Lunatic asylums in Bengal annual reports 1888-1898 - 1888-1898
Year: 1888
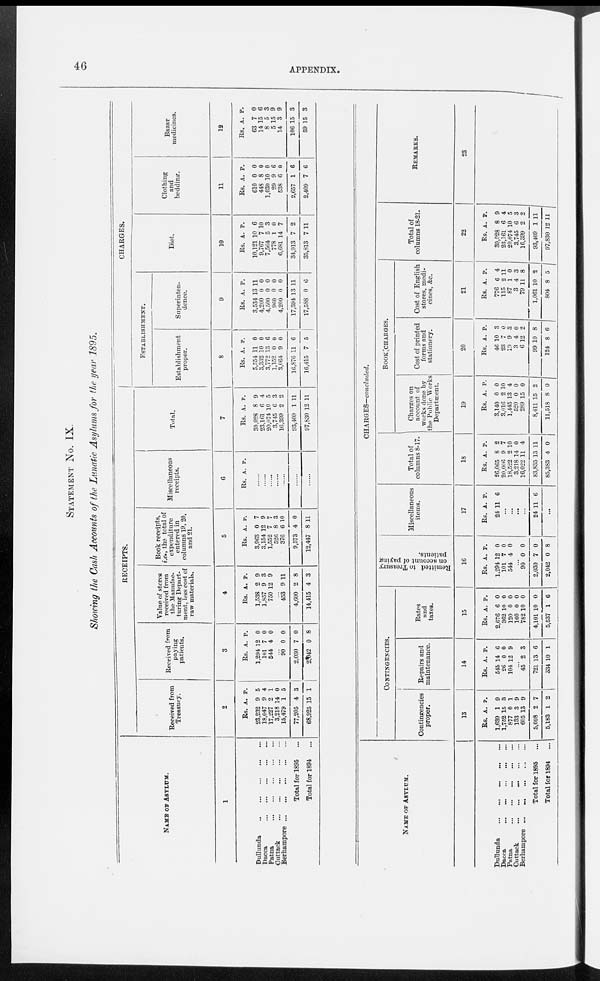
40
APPENDIX.
STATEMENT NO. IX.
Showing the Cash Accounts of the Lunatic Asylums for the year 1895.
NAME OF ASYLUM.
l
Dullunda
Dacca
Patna Cuttack
Berhampore
Total for 1895 ...
Total for 1894 ...
RECEIPTS.
Received from
Treasury.
2
Rs.
23,232
18,047
17,227
3,218
15,479
77,205
68,925
A.
9
9
2
14
1
4
15
P.
5
4
1
0
5
3
1
Received from
paying
patients.
3
Rs.
1,294
101
544
A.
12
7
4
P.
0
0
0
...
90
2,030
2,042
0
7
0
0
0
8
Value of stores
received from
the Manufac-
turing Depart-
ment, less cost of
raw materials.
4
Rs.
1,538
1,857
750
A.
9,
9
12
P.
9
3
9
... 453
4,600
14,415
9
2
4
11
8
3
Book receipts,
i.e., the total of
expenditure
entered in
columns 19, 20,
and 21.
5
Rs.
3,963
3,154
1,552
526
376
9,573
12,447
A.
0
12
7
8
6
4
8
P.
7
9
7 3
10
0
11
Miscellaneous
receipts.
C
Rs. A. P.
...
...
...
...
...
...
...
Total.
7
Rs.
30,028
23,161
20,074
3,745
16,399
93,409
97,830
A.
8
6
10
6
2
1
12
P.
9
4
5
3
2
11
11
CHARGES.
ESTABLISHMENT.
Establishment
proper.
8
Rs.
5,554
3,382
3,772
1,152
3,064
16,876
16,415
A.
11
10
13
0
9
11
7
P.
0
0
6
0
0
6
5
Superinten-
dence.
9
Rs.
3,534
4,200
4,500
960
4,200
17,394
17,588
A.
13
0
0
0
0
13
0
P.
11
0
0
0
0
11
6
Diet,
10
Rs.
10,121
9,767
7,564
778
6,681
34,913
35,813
A.
10
7
5
1
14
7
7
P.
6
10
3
0
7
2
11
Clothing
and
bedding.
11
Rs.
610
448
1,030
29
538
2,657
2,409
A.
0
8
10
9
6
1
7
P.
0
0
0
6
0
6
6
Bazar
medicines.
12
Rs.
63
14
8
5
14
106
59
A.
7
15
5
15
3
15
15
P.
0
6 3
9
9
3
3
NAME OF ASYLUM.
Dullunda
Dacca
Patna
Cuttack
Berhampore ...
.
Total for 1895 ...
Total for 1894 ...
CHARGES—concluded.
CONTINGENCIES.
Contingencies
proper.
13
Rs.
1,639
1,752
877
133
605
5,008
5,183
A.
1
15
0
3
13
2
1
P.
9
3
1
9
9
7
2
Repairs and
maintenance.
14
Rs.
545
26
104
A.
14
0
12
P.
6
0
9
... 45
721
334
2
13
10
3
6
1
Rates
and
taxes.
15
Rs.
2,676
362
120
160
782
4,101
5,537
A.
6
10
0
0
10
10
1
P.
0
0
0
0
0
0
6
Remitted to Treasury
on account of paying
patients.
16
Rs.
1,294
101
544
A.
12
7
4
P.
0
0
0
... 90
2,030
2,042
0
7
0
0
0
8
Miscellaneous
items.
17
Rs.
24
A.
11
P.
6
...
...
...
...
24 11 6
...
Total of
columns 8-17.
18
Rs.
26,065
20,006
18,522
3,218
16,022
83,835
85,383
A.
8
9
2
14
11
13
4
P.
2
7
10
0
4
11
0
BOOK CHARGES.
Charges on
account of
works done by
the Public Works
Department.
19
Rs.
3,140
3,016
1,445
520
289
8,411
11,518
A.
0
2
13
0
15
15
8
P.
0
10
4
0
0
2
0
Cost of printed
forms and
stationery.
20
Rs.
46
23
19
3
6
99
124
A.
10
7
9
4
12
10
8
P.
3
0
3
0
2
8
6
Cost of English
stores, medi-
cines, &c.
21
Rs.
776
115
87
3
79
1,061
804
A.
6
2
1
4
11
10
8
P.
4
11
0
3
8
2
5
Total of
columns 18-21.
22
Rs.
30,028
23,161
20,074
3 745
16,399
93,409
97,830
A.
8
6
10
6
2
1
12
P.
9
4
5
3
2
11
11
REMARKS.
23